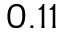
0 . 1 1